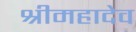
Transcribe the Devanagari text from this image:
श्रीमहादेव